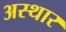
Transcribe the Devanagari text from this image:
अस्थार